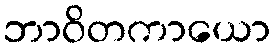
ဘာဝိတကာယော